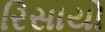
રિસાયો